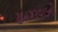
ઢબગરવાડની